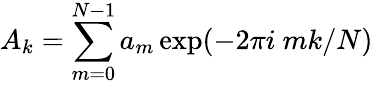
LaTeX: A_{k}=\sum_{m=0}^{N-1}a_{m}\exp(-2\pi i\ mk/N)